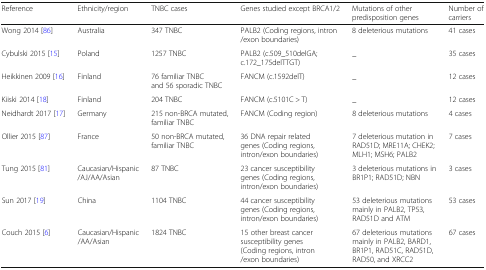
<table><thead><tr><td><b>Reference</b></td><td><b>Ethnicity/region</b></td><td><b>TNBC cases</b></td><td><b>Genes studied except BRCA1/2</b></td><td><b>Mutations of other predisposition genes</b></td><td><b>Number of carriers</b></td></tr></thead><tbody><tr><td>Wong 2014 [86]</td><td>Australia</td><td>347 TNBC</td><td>PALB2 (Coding regions, intron/exon boundaries)</td><td>8 deleterious mutations</td><td>41 cases</td></tr><tr><td>Cybulski 2015 [15]</td><td>Poland</td><td>1257 TNBC</td><td>PALB2 (c.509_510delGA; c.172_175delTTGT)</td><td>_</td><td>35 cases</td></tr><tr><td>Heikkinen 2009 [16]</td><td>Finland</td><td>76 familiar TNBC and 56 sporadic TNBC</td><td>FANCM (c.1592delT)</td><td>_</td><td>12 cases</td></tr><tr><td>Kiiski 2014 [18]</td><td>Finland</td><td>204 TNBC</td><td>FANCM (c.5101C &gt; T)</td><td>_</td><td>12 cases</td></tr><tr><td>Neidhardt 2017 [17]</td><td>Germany</td><td>215 non-BRCA mutated, familiar TNBC</td><td>FANCM (Coding region)</td><td>8 deleterious mutations</td><td>4 cases</td></tr><tr><td>Ollier 2015 [87]</td><td>France</td><td>50 non-BRCA mutated, familiar TNBC</td><td>36 DNA repair related genes (Coding regions, intron/exon boundaries)</td><td>7 deleterious mutation in RAD51D; MRE11A; CHEK2; MLH1; MSH6; PALB2</td><td>7 cases</td></tr><tr><td>Tung 2015 [81]</td><td>Caucasian/Hispanic/AJ/AA/Asian</td><td>87 TNBC</td><td>23 cancer susceptibility genes (Coding regions, intron/exon boundaries)</td><td>3 deleterious mutations in BR1P1; RAD51D; NBN</td><td>3 cases</td></tr><tr><td>Sun 2017 [19]</td><td>China</td><td>1104 TNBC</td><td>44 cancer susceptibility genes (Coding regions, intron/exon boundaries)</td><td>53 deleterious mutations mainly in PALB2, TP53, RAD51D and ATM</td><td>53 cases</td></tr><tr><td>Couch 2015 [6]</td><td>Caucasian/Hispanic/AA/Asian</td><td>1824 TNBC</td><td>15 other breast cancer susceptibility genes (Coding regions, intron/exon boundaries)</td><td>67 deleterious mutations mainly in PALB2, BARD1, BR1P1, RAD51C, RAD51D, RAD50, and XRCC2</td><td>67 cases</td></tr></tbody></table>